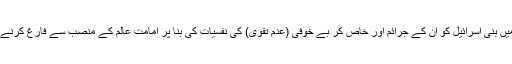
اس سورت کے آغاز میں بنی اسرائیل کو ان کے جرائم اور خاص کر بے خوفی (عدم تقویٰ) کی نفسیات کی بنا پر امامت عالم کے منصب سے فارغ کرنے کا اعلان کیا گیا ہے ۔